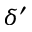
\delta ^ { \prime }